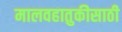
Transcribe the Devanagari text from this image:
मालवहातुकीसाठी